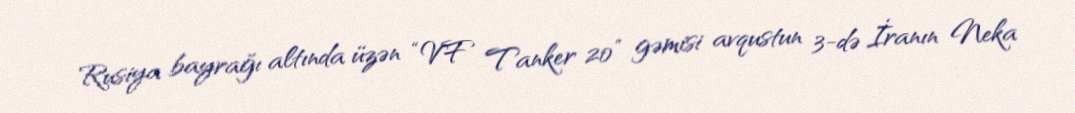
Rusiya bayrağı altında üzən “VF Tanker 20” gəmisi avqustun 3-də İranın Neka